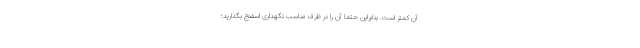
آن کمتر است. بنابراین حتماً آن را در ظرف مناسب نگهداری اسفنج بگذارید؛